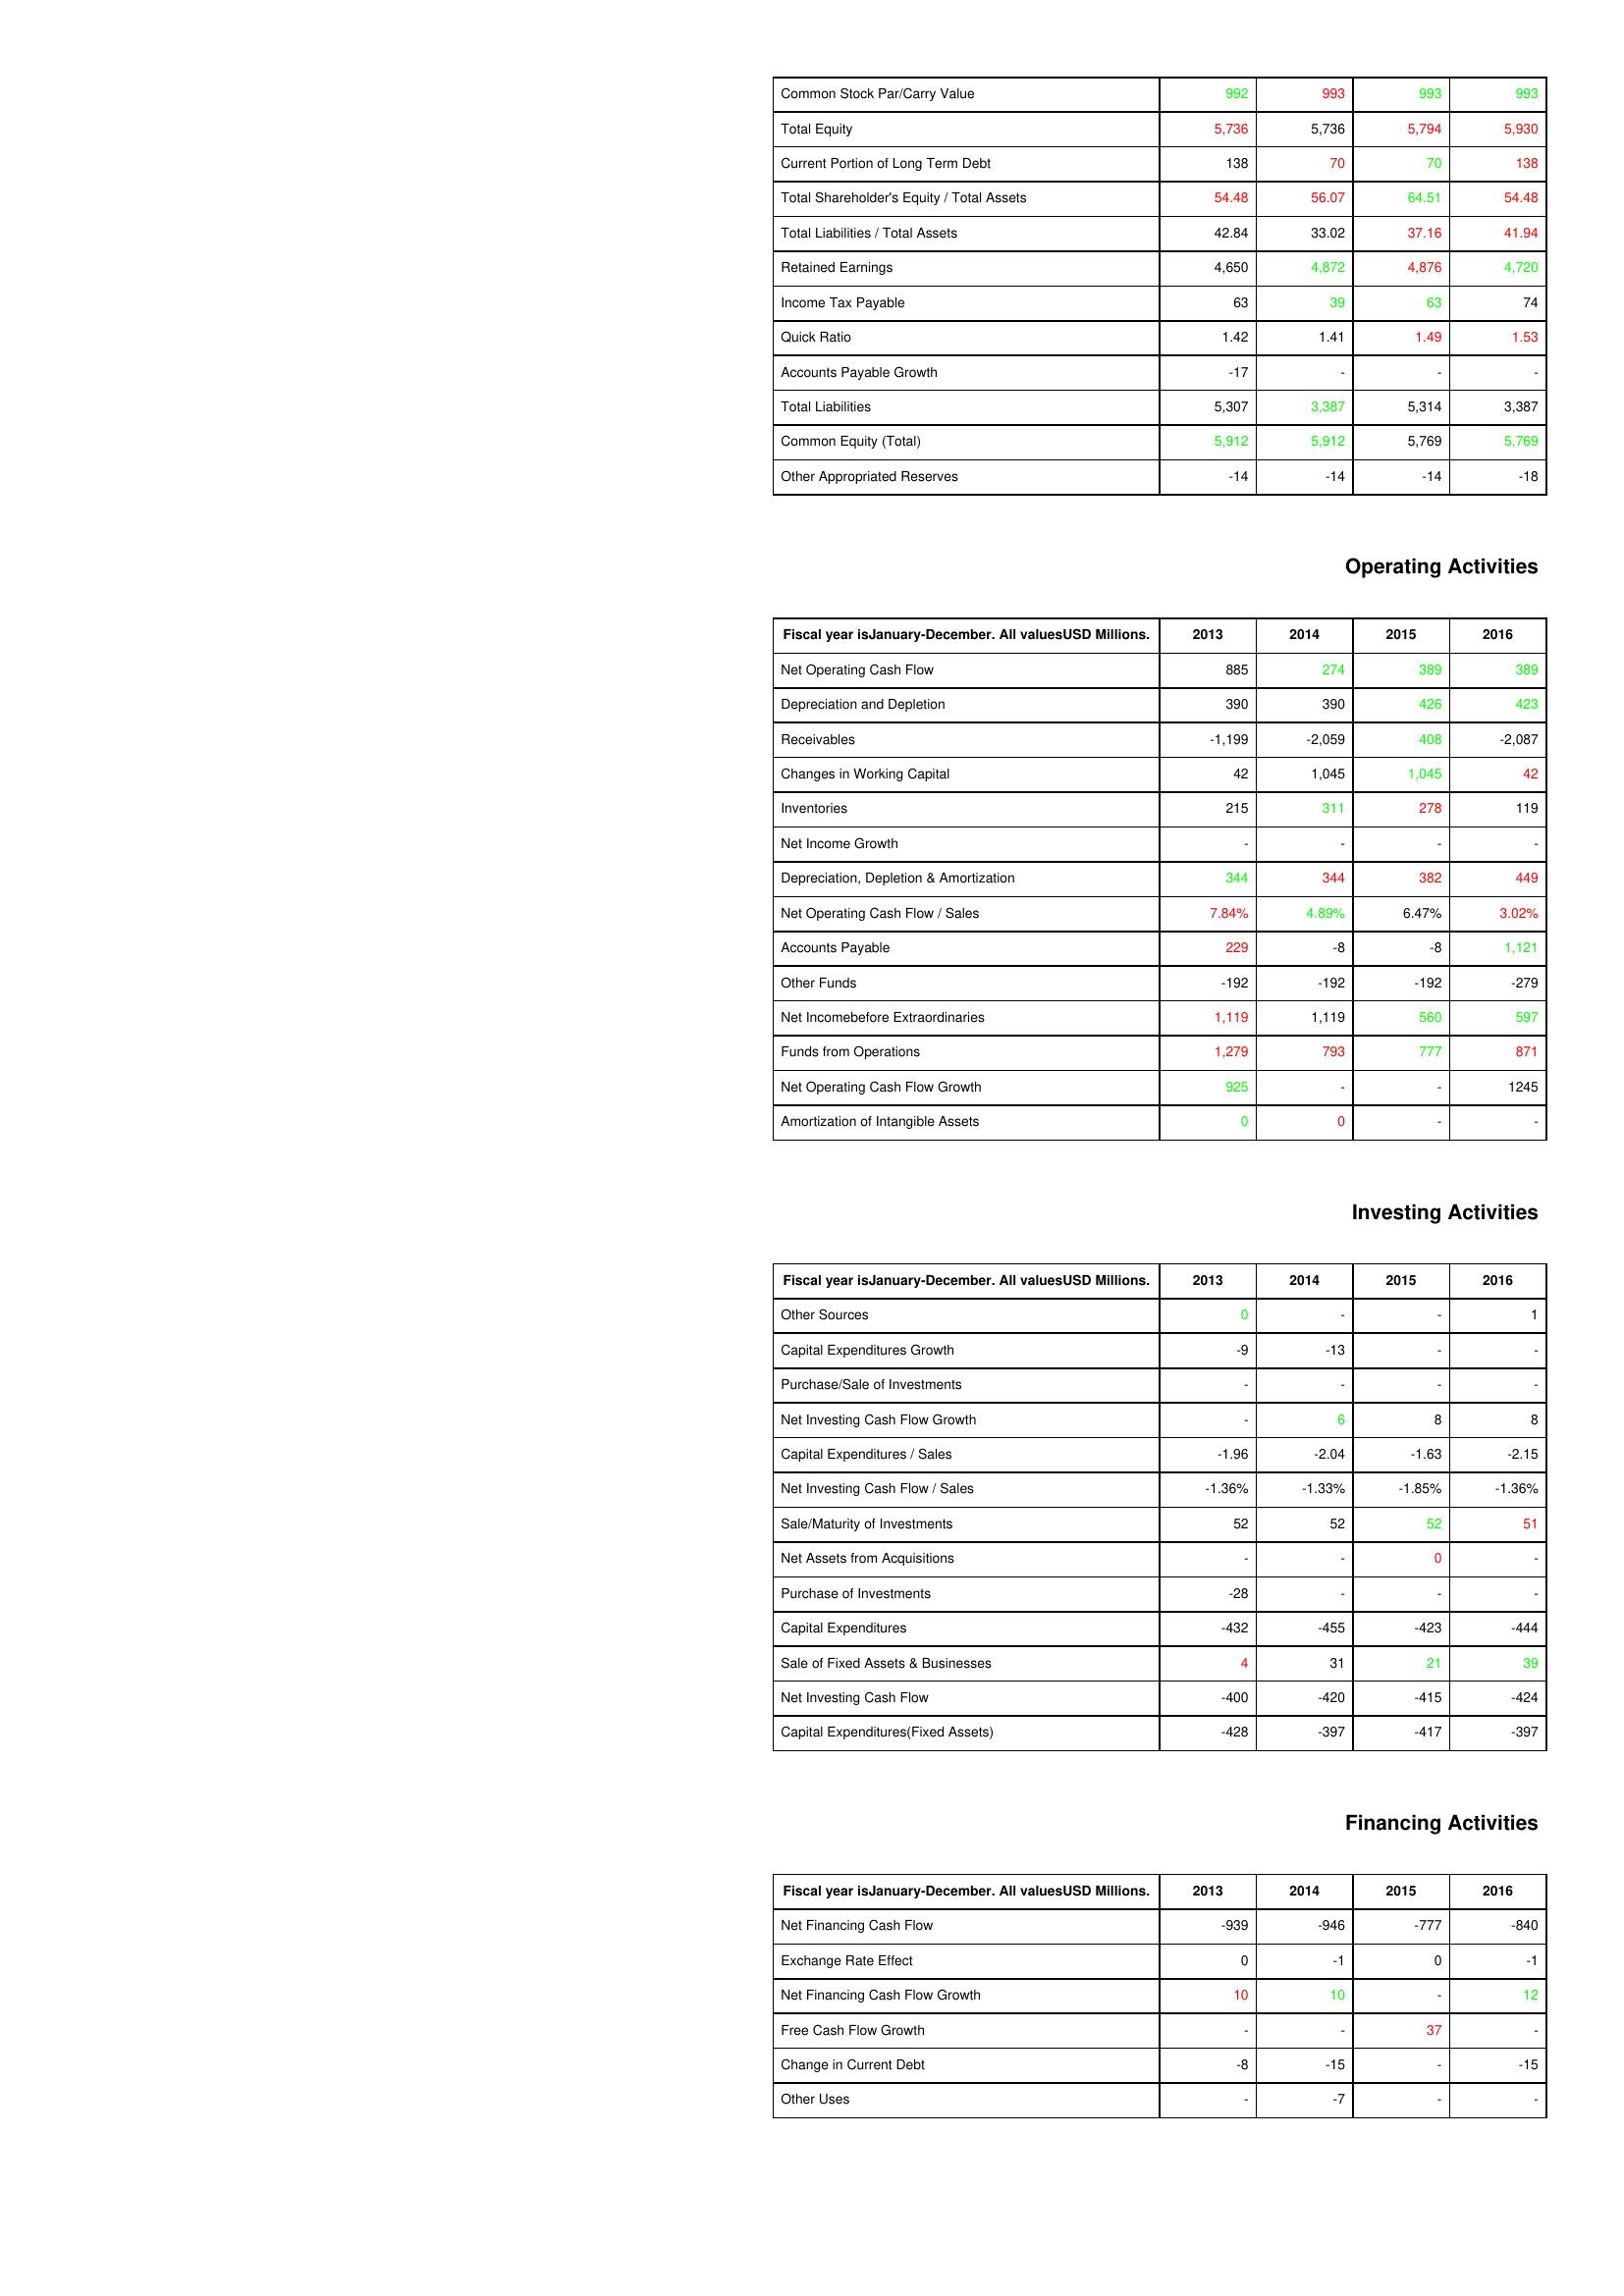
gt_parse: 2013: Liabilities & Shareholder's Equity: Common Stock Par/Carry Value: 992
Total Equity: 5,736
Current Portion of Long Term Debt: 138
Total Shareholder's Equity / Total Assets: 54.48
Total Liabilities / Total Assets: 42.84
Retained Earnings: 4,650
Income Tax Payable: 63
Quick Ratio: 1.42
Accounts Payable Growth: -17
Total Liabilities: 5,307
Common Equity (Total): 5,912
Other Appropriated Reserves: -14
Operating Activities: Net Operating Cash Flow: 885
Depreciation and Depletion: 390
Receivables: -1,199
Changes in Working Capital: 42
Inventories: 215
Net Income Growth: -
Depreciation, Depletion & Amortization: 344
Net Operating Cash Flow / Sales: 7.84%
Accounts Payable: 229
Other Funds: -192
Net Incomebefore Extraordinaries: 1,119
Funds from Operations: 1,279
Net Operating Cash Flow Growth: 925
Amortization of Intangible Assets: 0
Investing Activities: Other Sources: 0
Capital Expenditures Growth: -9
Purchase/Sale of Investments: -
Net Investing Cash Flow Growth: -
Capital Expenditures / Sales: -1.96
Net Investing Cash Flow / Sales: -1.36%
Sale/Maturity of Investments: 52
Net Assets from Acquisitions: -
Purchase of Investments: -28
Capital Expenditures: -432
Sale of Fixed Assets & Businesses: 4
Net Investing Cash Flow: -400
Capital Expenditures(Fixed Assets): -428
Financing Activities: Net Financing Cash Flow: -939
Exchange Rate Effect: 0
Net Financing Cash Flow Growth: 10
Free Cash Flow Growth: -
Change in Current Debt: -8
Other Uses: -
2014: Liabilities & Shareholder's Equity: Common Stock Par/Carry Value: 993
Total Equity: 5,736
Current Portion of Long Term Debt: 70
Total Shareholder's Equity / Total Assets: 56.07
Total Liabilities / Total Assets: 33.02
Retained Earnings: 4,872
Income Tax Payable: 39
Quick Ratio: 1.41
Accounts Payable Growth: -
Total Liabilities: 3,387
Common Equity (Total): 5,912
Other Appropriated Reserves: -14
Operating Activities: Net Operating Cash Flow: 274
Depreciation and Depletion: 390
Receivables: -2,059
Changes in Working Capital: 1,045
Inventories: 311
Net Income Growth: -
Depreciation, Depletion & Amortization: 344
Net Operating Cash Flow / Sales: 4.89%
Accounts Payable: -8
Other Funds: -192
Net Incomebefore Extraordinaries: 1,119
Funds from Operations: 793
Net Operating Cash Flow Growth: -
Amortization of Intangible Assets: 0
Investing Activities: Other Sources: -
Capital Expenditures Growth: -13
Purchase/Sale of Investments: -
Net Investing Cash Flow Growth: 6
Capital Expenditures / Sales: -2.04
Net Investing Cash Flow / Sales: -1.33%
Sale/Maturity of Investments: 52
Net Assets from Acquisitions: -
Purchase of Investments: -
Capital Expenditures: -455
Sale of Fixed Assets & Businesses: 31
Net Investing Cash Flow: -420
Capital Expenditures(Fixed Assets): -397
Financing Activities: Net Financing Cash Flow: -946
Exchange Rate Effect: -1
Net Financing Cash Flow Growth: 10
Free Cash Flow Growth: -
Change in Current Debt: -15
Other Uses: -7
2015: Liabilities & Shareholder's Equity: Common Stock Par/Carry Value: 993
Total Equity: 5,794
Current Portion of Long Term Debt: 70
Total Shareholder's Equity / Total Assets: 64.51
Total Liabilities / Total Assets: 37.16
Retained Earnings: 4,876
Income Tax Payable: 63
Quick Ratio: 1.49
Accounts Payable Growth: -
Total Liabilities: 5,314
Common Equity (Total): 5,769
Other Appropriated Reserves: -14
Operating Activities: Net Operating Cash Flow: 389
Depreciation and Depletion: 426
Receivables: 408
Changes in Working Capital: 1,045
Inventories: 278
Net Income Growth: -
Depreciation, Depletion & Amortization: 382
Net Operating Cash Flow / Sales: 6.47%
Accounts Payable: -8
Other Funds: -192
Net Incomebefore Extraordinaries: 560
Funds from Operations: 777
Net Operating Cash Flow Growth: -
Amortization of Intangible Assets: -
Investing Activities: Other Sources: -
Capital Expenditures Growth: -
Purchase/Sale of Investments: -
Net Investing Cash Flow Growth: 8
Capital Expenditures / Sales: -1.63
Net Investing Cash Flow / Sales: -1.85%
Sale/Maturity of Investments: 52
Net Assets from Acquisitions: 0
Purchase of Investments: -
Capital Expenditures: -423
Sale of Fixed Assets & Businesses: 21
Net Investing Cash Flow: -415
Capital Expenditures(Fixed Assets): -417
Financing Activities: Net Financing Cash Flow: -777
Exchange Rate Effect: 0
Net Financing Cash Flow Growth: -
Free Cash Flow Growth: 37
Change in Current Debt: -
Other Uses: -
2016: Liabilities & Shareholder's Equity: Common Stock Par/Carry Value: 993
Total Equity: 5,930
Current Portion of Long Term Debt: 138
Total Shareholder's Equity / Total Assets: 54.48
Total Liabilities / Total Assets: 41.94
Retained Earnings: 4,720
Income Tax Payable: 74
Quick Ratio: 1.53
Accounts Payable Growth: -
Total Liabilities: 3,387
Common Equity (Total): 5,769
Other Appropriated Reserves: -18
Operating Activities: Net Operating Cash Flow: 389
Depreciation and Depletion: 423
Receivables: -2,087
Changes in Working Capital: 42
Inventories: 119
Net Income Growth: -
Depreciation, Depletion & Amortization: 449
Net Operating Cash Flow / Sales: 3.02%
Accounts Payable: 1,121
Other Funds: -279
Net Incomebefore Extraordinaries: 597
Funds from Operations: 871
Net Operating Cash Flow Growth: 1245
Amortization of Intangible Assets: -
Investing Activities: Other Sources: 1
Capital Expenditures Growth: -
Purchase/Sale of Investments: -
Net Investing Cash Flow Growth: 8
Capital Expenditures / Sales: -2.15
Net Investing Cash Flow / Sales: -1.36%
Sale/Maturity of Investments: 51
Net Assets from Acquisitions: -
Purchase of Investments: -
Capital Expenditures: -444
Sale of Fixed Assets & Businesses: 39
Net Investing Cash Flow: -424
Capital Expenditures(Fixed Assets): -397
Financing Activities: Net Financing Cash Flow: -840
Exchange Rate Effect: -1
Net Financing Cash Flow Growth: 12
Free Cash Flow Growth: -
Change in Current Debt: -15
Other Uses: -